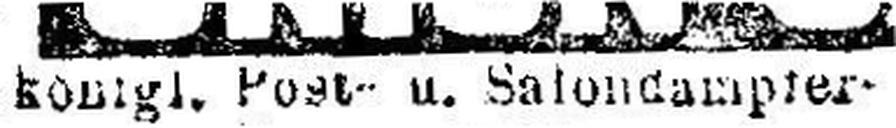
####gl. Post u. Salondamp###er